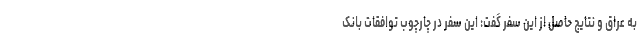
به عراق و نتایج حاصل از این سفر گفت: این سفر در چارچوب توافقات بانک